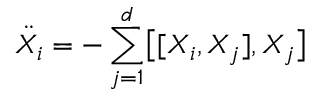
{ \ddot { X } _ { i } } = - \sum _ { j = 1 } ^ { d } \bigl [ [ X _ { i } , X _ { j } ] , X _ { j } \bigr ]